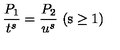
\frac { P _ { 1 } } { t ^ { s } } = \frac { P _ { 2 } } { u ^ { s } } \ \mathrm { ( s \geq 1 ) }